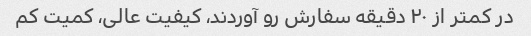
در کمتر از ۲۰ دقیقه سفارش رو آوردند، کیفیت عالی، کمیت کم